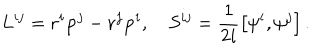
LaTeX: L ^ { i j } = { \bf r } ^ { i } { \bf p } ^ { j } - { \bf r } ^ { j } { \bf p } ^ { i } , \quad S ^ { i j } = \frac 1 { 2 i } \left[ { \bf \psi } ^ { i } , { \bf \psi } ^ { j } \right] .